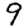
Digit: 9